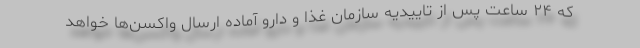
که ۲۴ ساعت پس از تاییدیه سازمان غذا و دارو آماده ارسال واکسن‌ها خواهد